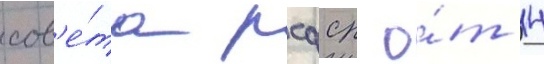
сов'е́та рсфср о́т 14